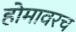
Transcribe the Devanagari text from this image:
होमावरच